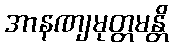
အာနဏျမုတ္တမန္တိ